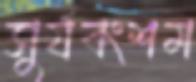
সুর্যবংশম